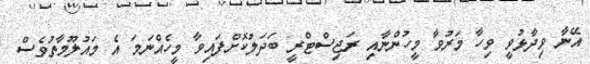
އޭނާ ވިދާޅުވީ ވިހާ މަރުވާ މީހުންނާއި ރަޖިސްޓްރީ ބަދަލުކޮށްފައިވާ މީހެއްނަމަ އެ މައުލޫމާތުވެސް